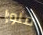
فلورا